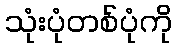
သုံးပုံတစ်ပုံကို